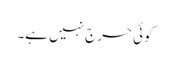
کوئی حرج نہیں ہے۔